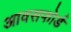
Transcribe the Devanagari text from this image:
आवसफोर्ड